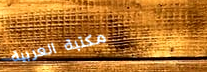
مكتبة العربية